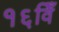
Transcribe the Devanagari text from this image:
१६विँ